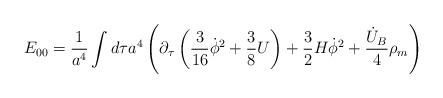
LaTeX: \begin{align*}E_{00}=\frac{1}{a^4}\int d\tau a^4\left(\partial_{\tau}\left(\frac{3}{16}\dot \phi^2+\frac{3}{8}U\right) + \frac{3}{2}H\dot\phi^2 +\frac{\dot U_B}{4}\rho_m\right)\end{align*}